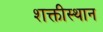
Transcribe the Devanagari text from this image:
शक्तीस्थान